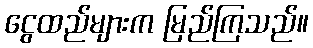
ငွေထည်များက မြည်ကြသည်။